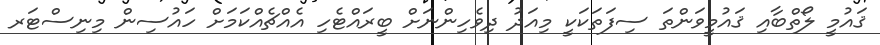
ޤައުމީ ލޯތްބާއި ޤައުމީވަންތަ ސިފަތަކަކީ މިއަދު ދިވެހިންނަށް ބީރައްޓެހި އެއްޗެއްކަމަށް ހައުސިން މިނިސްޓަރ